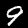
Label: 9